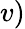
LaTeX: v)